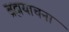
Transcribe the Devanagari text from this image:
ब्रह्मयाचना